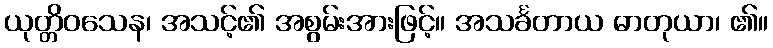
ယုတ္တိဝသေန၊ အသင့်၏ အစွမ်းအားဖြင့်။ အသင်္ခတာယ ဓာတုယာ၊ ၏။